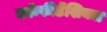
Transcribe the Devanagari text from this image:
कॉन्फीडेंशियल